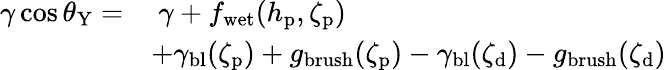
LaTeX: \begin{array}{rl}{\gamma\cos\theta_{\mathrm{Y}}=}&{\ \gamma+f_{\mathrm{wet}}(h_{\mathrm{p}},\zeta_{\mathrm{p}})}\\ &{+\gamma_{\mathrm{bl}}(\zeta_{\mathrm{p}})+g_{\mathrm{brush}}(\zeta_{\mathrm{p}})-\gamma_{\mathrm{bl}}(\zeta_{\mathrm{d}})-g_{\mathrm{brush}}(\zeta_{\mathrm{d}})}\end{array}